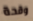
وقحة